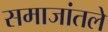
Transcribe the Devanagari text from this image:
समाजांतले